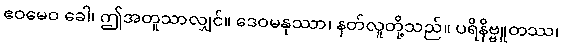
ဧဝမေဝ ခေါ၊ ဤအတူသာလျှင်။ ဒေဝမနုဿာ၊ နတ်လူတို့သည်။ ပရိနိဗ္ဗူတဿ၊